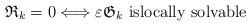
LaTeX: \begin{align*}\mathfrak{R}_{k}=0\Longleftrightarrow \varepsilon \mathfrak{G}_{k}\text{ islocally solvable}\end{align*}